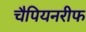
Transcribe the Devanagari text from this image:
चैपियनरीफ